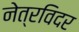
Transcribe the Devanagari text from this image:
नेत्रविदर